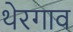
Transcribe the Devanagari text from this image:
थेरगाव